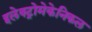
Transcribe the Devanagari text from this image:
इलेक्ट्रोमेकेनिकल